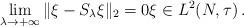
LaTeX: \begin{align*}\lim_{\lambda\to +\infty} \|\xi-S_\lambda\xi\|_2=0\xi\in L^2(N,\tau)\, .\end{align*}